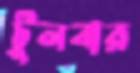
টুলবার